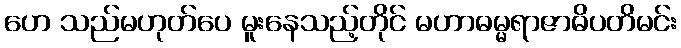
ဟေ သည်မဟုတ်ပေ မူးနေသည့်တိုင် မဟာဓမ္မရာဇာဓိပတိမင်း